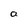
Character: a